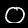
Digit: 0